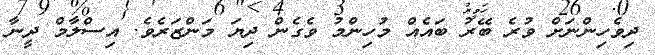
ދިވެހިންނަށް ވުރެ ބޭރު ބައެއް މުހިންމު ވެގެން ދިޔަ މަންޒަރެވެ. އިސްލާމް ދީނާ